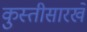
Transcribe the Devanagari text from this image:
कुस्तीसारखे